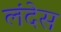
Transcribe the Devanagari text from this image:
लंदेस